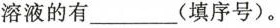
溶液的有___(填序号)。